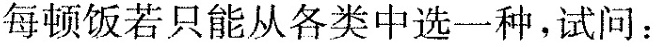
每顿饭若只能从各类中选一种，试问：